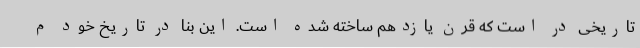
تاریخی در است که قرن یازدهم ساخته شده است. این بنا در تاریخ خود م